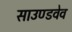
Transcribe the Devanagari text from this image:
साउण्डवेव